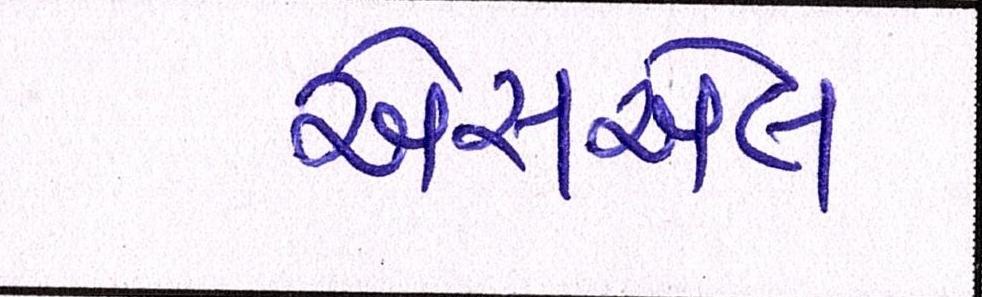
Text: એસએલ